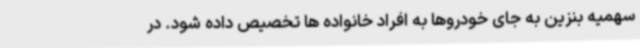
سهمیه بنزین به جای خودروها به افراد خانواده ها تخصیص داده شود. در